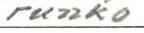
runko